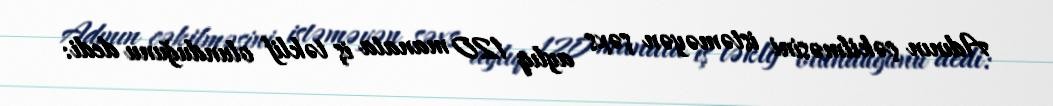
Adının çəkilməsini istəməyən şəxs aylıq 120 manata iş təklif olunduğunu dedi: